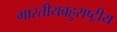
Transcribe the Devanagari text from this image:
भारतीयबहुराष्ट्रीय